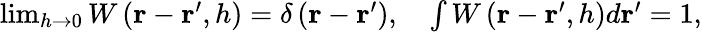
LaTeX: \begin{array}{r}{\operatorname*{lim}_{h\rightarrow 0}W\left(\mathbf{r}-\mathbf{r}^{\prime},h\right)=\delta\left(\mathbf{r}-\mathbf{r}^{\prime}\right),\quad\int W\left(\mathbf{r}-\mathbf{r}^{\prime},h\right)d\mathbf{r}^{\prime}=1,}\end{array}